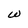
Character: w